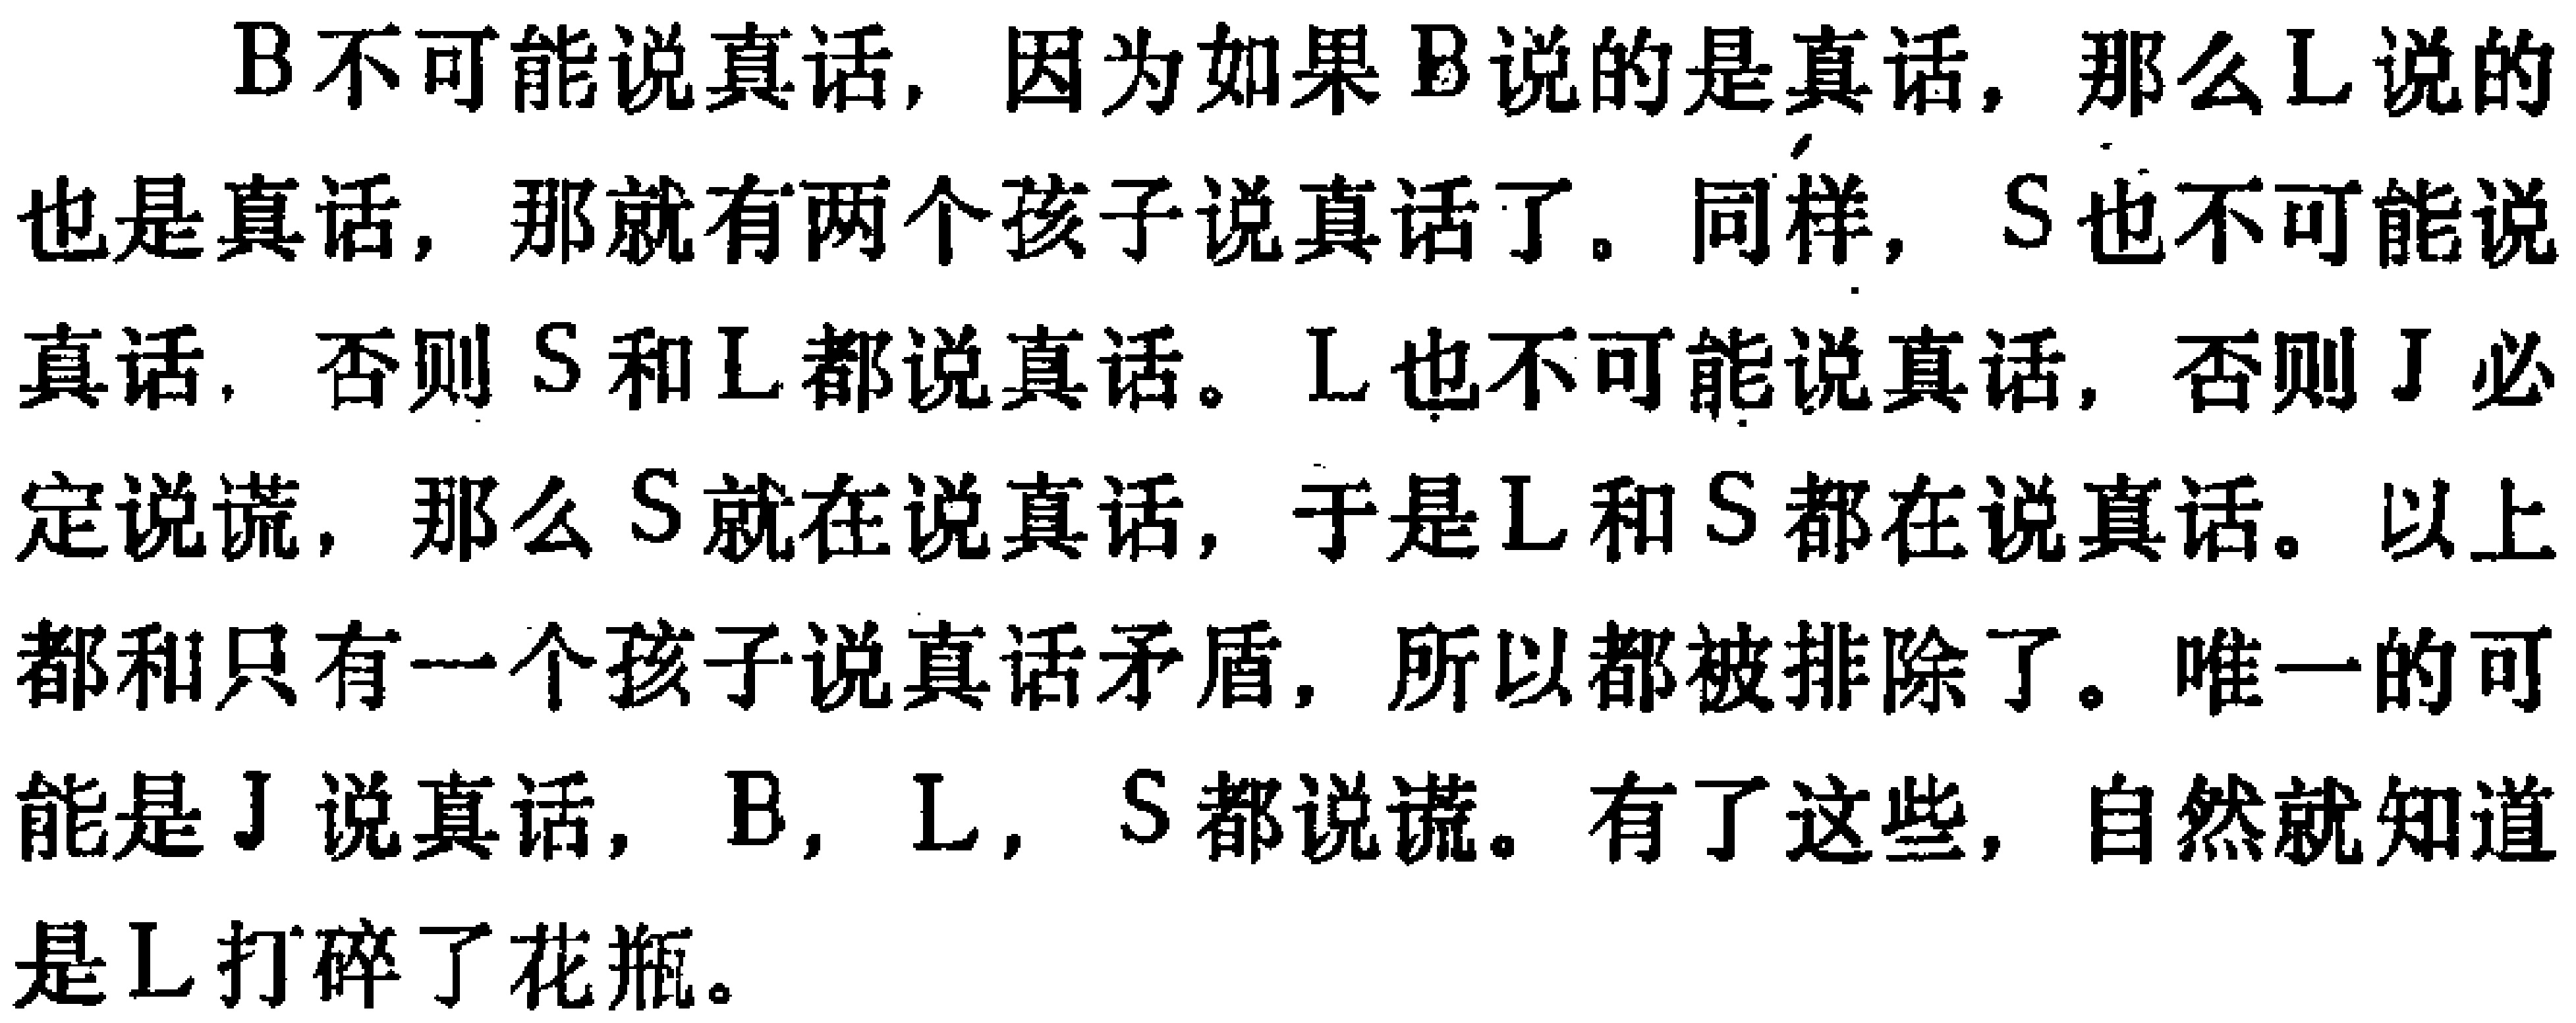
B不可能说真话, 因为如果B说的是真话, 那么L说的也是真话, 那就有两个孩子说真话了。同样, S也不可能说真话, 否则S和L都说真话。L也不可能说真话, 否则J必定说谎, 那么S就在说真话, 于是L和S都在说真话。以上都和只有一个孩子说真话矛盾, 所以都被排除了。唯一的可能是J说真话, B, L, S都说谎。有了这些, 自然就知道是L打碎了花瓶。